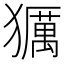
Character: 𤢵